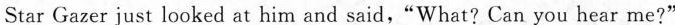
Star Gazer just looked at him and said,"What? Can you hear me?"